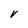
Character: V